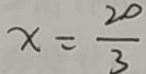
x = \frac { 2 0 } { 3 }